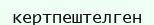
кертпештелген